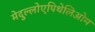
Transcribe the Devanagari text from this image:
मेदुल्लोएपिथेलिओम